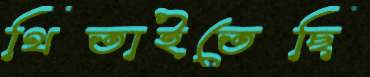
থিতাইতেছি